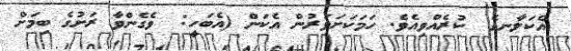
އެކަލާނގެ  ކުރެއްވިއެވެ. ހަމަކަށަވަރުން އެކަން (އެބަހީ:  ވެގެންވާ ރަށުގެ ބިމަށް